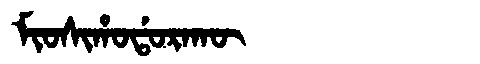
Manchu: ᠮᡳᠣᠰᡳᡥᠣᡩᠣᡵᠠᡴᡡ
Romanization: MIOSIHODORAKŪ